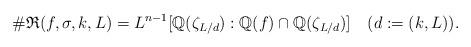
LaTeX: \begin{gather*}\#\mathfrak{R}(f,\sigma,k,L)=L^{n-1}[\mathbb{Q}(\zeta_{L/d}):\mathbb{Q}(f)\cap\mathbb{Q}(\zeta_{L/d})] \quad(d:=(k,L)).\end{gather*}